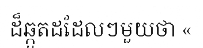
ដ៏ឆ្កួតដដែលៗមួយថា «